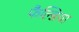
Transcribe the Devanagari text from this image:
फैल्डिया